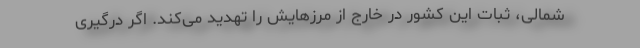
شمالی، ثبات این کشور در خارج از مرزهایش را تهدید می‌کند. اگر درگیری